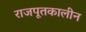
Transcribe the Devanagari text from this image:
राजपूतकालीन